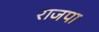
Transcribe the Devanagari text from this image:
राजपा